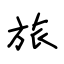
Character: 旅